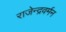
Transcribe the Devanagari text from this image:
राजेन्द्रवर्मन